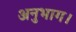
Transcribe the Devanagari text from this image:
अनुभाग।